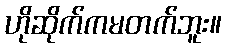
ဟိုဆိုက်ကမတက်ဘူး။